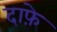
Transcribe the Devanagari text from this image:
दाफ़े